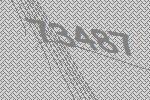
73487